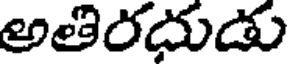
అతిరదుడు